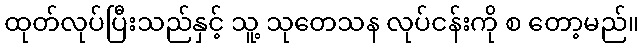
ထုတ်လုပ်ပြီးသည်နှင့် သူ့ သုတေသန လုပ်ငန်းကို စ တော့မည်။